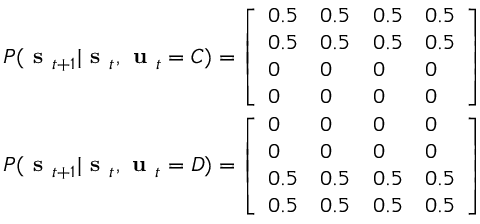
\begin{array} { r } { P ( \textbf { s } _ { t + 1 } | \textbf { s } _ { t } , \textbf { u } _ { t } = C ) = \left[ \begin{array} { l l l l } { 0 . 5 } & { 0 . 5 } & { 0 . 5 } & { 0 . 5 } \\ { 0 . 5 } & { 0 . 5 } & { 0 . 5 } & { 0 . 5 } \\ { 0 } & { 0 } & { 0 } & { 0 } \\ { 0 } & { 0 } & { 0 } & { 0 } \end{array} \right] } \\ { P ( \textbf { s } _ { t + 1 } | \textbf { s } _ { t } , \textbf { u } _ { t } = D ) = \left[ \begin{array} { l l l l } { 0 } & { 0 } & { 0 } & { 0 } \\ { 0 } & { 0 } & { 0 } & { 0 } \\ { 0 . 5 } & { 0 . 5 } & { 0 . 5 } & { 0 . 5 } \\ { 0 . 5 } & { 0 . 5 } & { 0 . 5 } & { 0 . 5 } \end{array} \right] } \end{array}